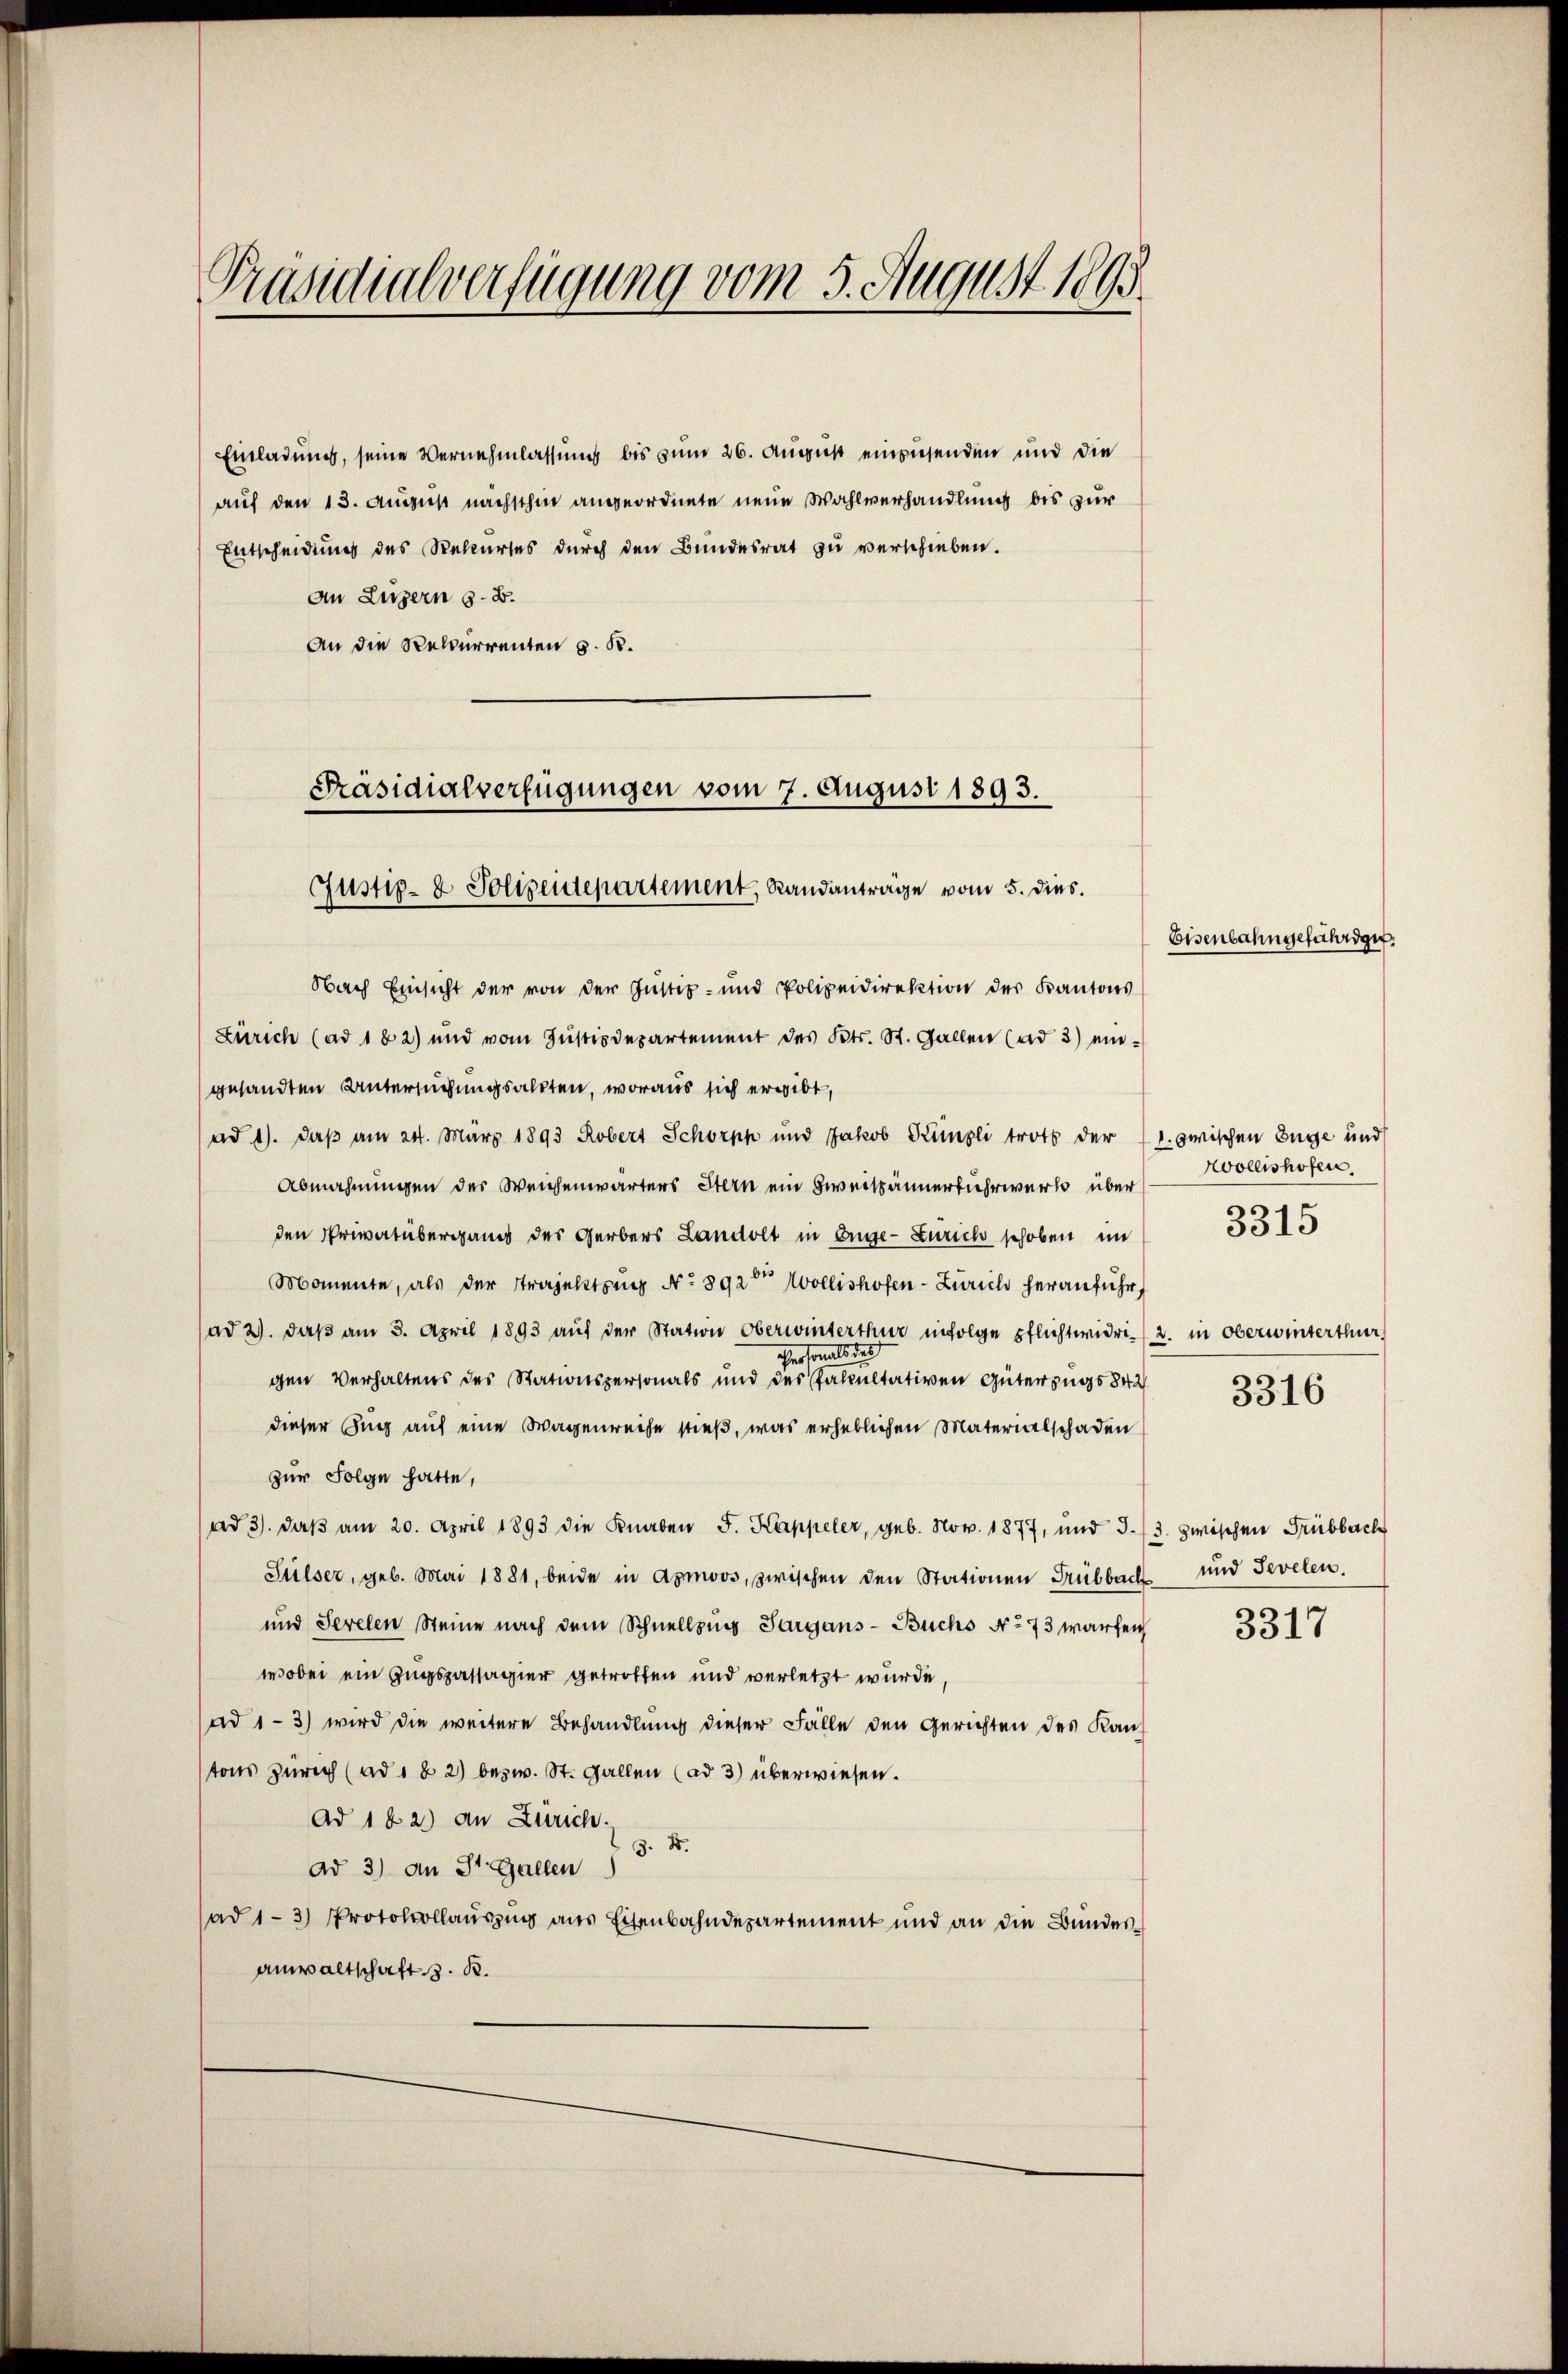
Präsidialverfügung vom 5. August 1895.

Einladung, seine Vernehmlassung bis zum 26. August einziehenden und die
auf den 13. August nächsthin angeordnete neue Wahlverhandlung bis zur
Entscheidung des Rekurses durch den Bundesrat zu verschieben.
An Luzern s. B.
An die Rekurrenten z. R.

Präsidialverfügungen vom 7. August 1893.
Justiz- & Polizeidepartement, Randanträge vom 5. dies.

Nach Einsicht der von der Justiz- und Polizeidirektion der Kantons
Zürich (ad 102) und vom Justizdepartement des Kts. St. Gallen (ad 3) ein-
gesandten Untersuchungsakten, woraus sich ergibt,
ad 1. daß am 24. März 1893 Robert Schorpp und Jakob Kimpli trotz der (1. zwischen Enge und
Abmahnungen der Weichenwärters Stern ein Zweispännerfuhrwerk über
den Privatübergang des Gerbers Landolt in Enge-Zürich schoben im
Momente, als der Trajektzug No 892ten Mollishofen-Zürich heranführ
ad 2. daβ am 3. April 1893 aŭf der Station Oberwinterthur infolge Pflichtwidrig 2. in Oberwinterthur
cher sonderen
gen Verhaltens des Stationspersonals und des Fakultativen Güterzugs 842
dieser Sigg auf eine Wagenweise stieß, was erheblichen Materialschaden
zur Folge hatte,
ad 3. daß am 20. April 1893 die Knaben J. Kappeler, geb. Nov. 1877, und 33. zwischen Trübbach
Sülser, geb. Mai 1881, beide in Apmoos, zwischen den Stationen Grübbach und Sevelen.
und Serelen Steine nach dem Schnellzug Sargans-Buchs No 73 warfen
wobei ein Zugspassagier getroffen und verletzt wurde,
(ad 1-3) wird die weitere Behandlung dieser Fälle den Gerichten des Kantons Zürich (ad 1 § 2) bezw. St. Gallen (ad 3) überwiesen.
Ad 182) an Zürich.
ad 3) an St. Gallen I S. B.
(ad 1-3) Protokollauszug aus Eisenbahndepartement und an die Bundesanwaltschaft z. B.

Wollishofen,
3315

3316

3317

Eisenbahngefährdgut.